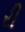
રી